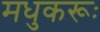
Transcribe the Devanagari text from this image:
मधुकरूः